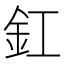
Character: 釭